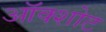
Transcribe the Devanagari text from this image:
ऑक्शोट